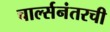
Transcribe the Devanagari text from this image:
चार्ल्सनंतरची